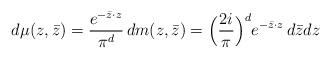
LaTeX: \begin{align*}d\mu(z,\bar z)=\frac{e^{-\bar z\cdot z}}{\pi^d}\, dm(z,\bar z)=\Big(\frac{2i}{\pi}\Big)^de^{-\bar z\cdot z} \,d\bar zdz\end{align*}